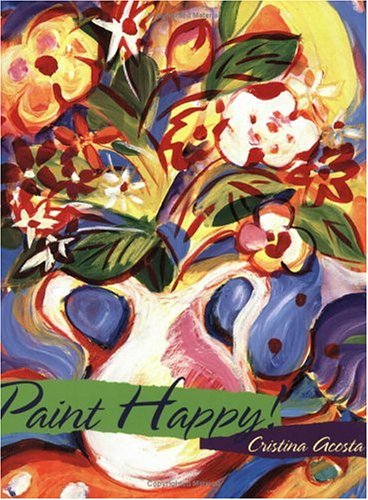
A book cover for Paint Happy!; Cristina Acosta; Arts & Photography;